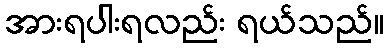
အားရပါးရလည်း ရယ်သည်။